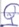
Text: Q